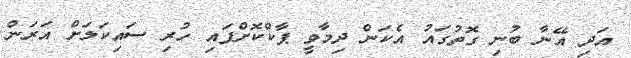
އަދި އޭނާ ބުނި ގޮތުގައު އެކަން ދިމާވީ ޕާކްކޮށްފައި ހުރި ސައިކަލަށް އަރަން